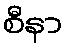
စီနာ